Report on vaccination North-West Frontier Province 1904-1922 - 1904-1922
Year: 1904
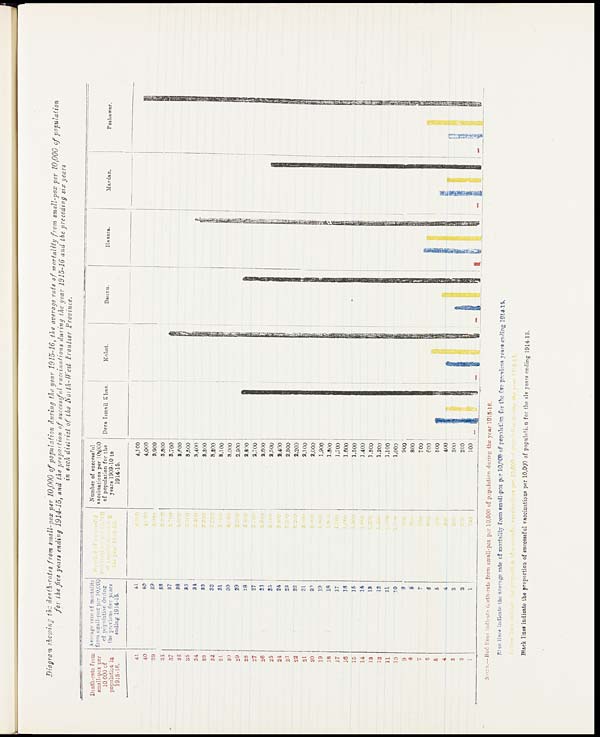
Diagram showing the death-rates from small-pox per 10,000 of population during the year 1915-16, the average rate of mortality from small-pox per 10,000 of population
for the five years ending 1914-15, and the proportion of successful vaccinations during the year 1915-18 and the preceding six years
in each district of the North- West Frontier Province.